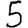
Digit: 5